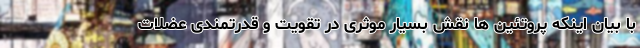
با بیان اینکه پروتئین ها نقش بسیار موثری در تقویت و قدرتمندی عضلات